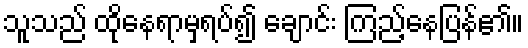
သူသည် ထိုနေရာမှရပ်၍ ချောင်း ကြည့်နေပြန်၏။